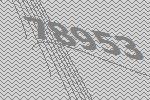
78953